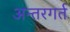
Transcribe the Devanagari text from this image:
अन्तरगर्त